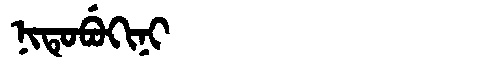
Manchu: ᠨᡳᡨᡠᠪᡠᡴᡳᠨᡳ
Romanization: NITUBUKINI